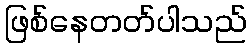
ဖြစ်နေတတ်ပါသည်